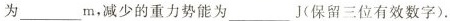
为______m，减少的重力势能为_____J(保留三位有效数字)。